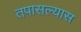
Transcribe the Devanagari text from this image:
तपासल्यास